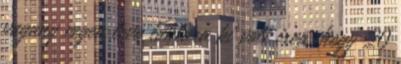
vagany vegen levo tablara ki volt irva, hogy 20